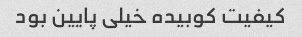
کیفیت کوبیده خیلی پایین بود